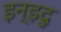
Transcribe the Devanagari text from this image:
इन्ड़दु